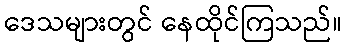
ဒေသများတွင် နေထိုင်ကြသည်။